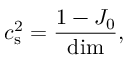
c _ { \mathrm { s } } ^ { 2 } = \frac { 1 - J _ { 0 } } { \mathrm { d i m } } ,